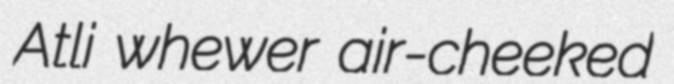
Atli whewer air-cheeked